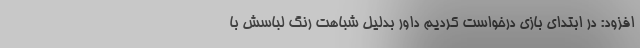
افزود: در ابتدای بازی درخواست کردیم داور بدلیل شباهت رنگ لباسش با